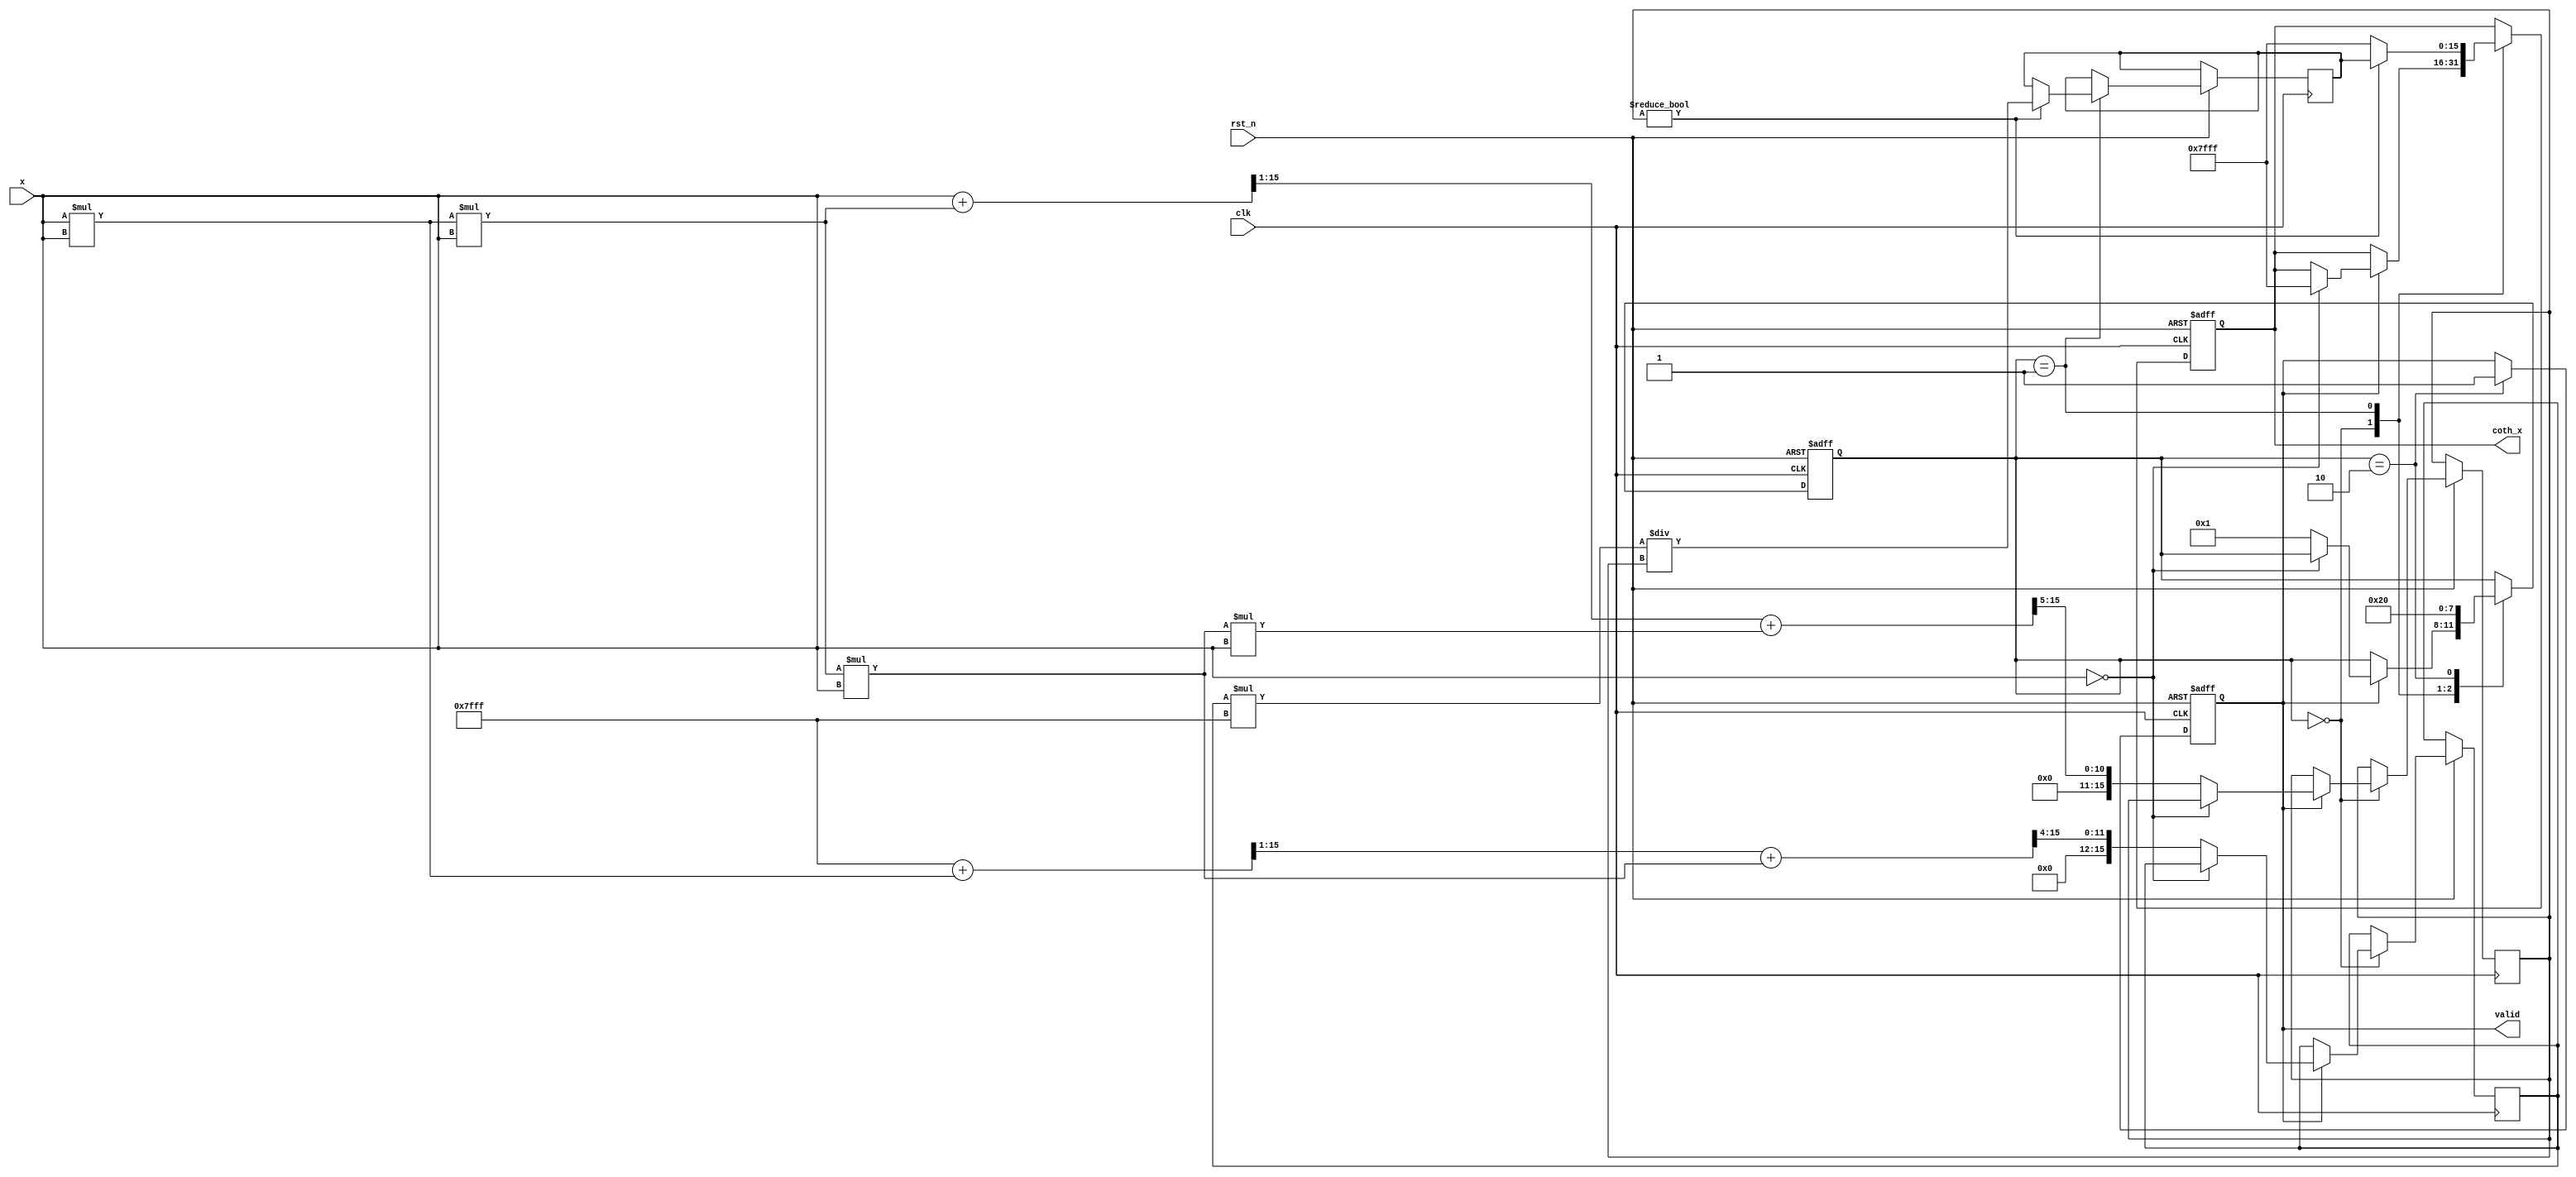
module hyperbolic_cotangent (
    input wire clk,
    input wire rst_n,
    input wire [15:0] x,        // 16-bit fixed-point input
    output reg [15:0] coth_x,   // 16-bit fixed-point output
    output reg valid            // Output valid signal
);

    // Constants for fixed-point representation
    parameter FIXED_POINT_FRACTIONAL_BITS = 12; // Adjust as needed
    parameter MAX_VALUE = 16'h7FFF; // Max value for 16-bit signed fixed-point
    parameter MIN_VALUE = 16'h8000; // Min value for 16-bit signed fixed-point

    // Internal signals
    reg [15:0] sinh_x;
    reg [15:0] cosh_x;
    reg [15:0] temp_coth;
    reg [3:0] state;

    localparam IDLE = 0,
               CALC = 1,
               DONE = 2;

    // Compute sinh and cosh using Taylor series expansion
    function [15:0] sinh;
        input [15:0] x;
        begin
            // Taylor series expansion for sinh(x)
            sinh = x; // First term
            sinh = sinh + (x * x * x) >> 1; // Second term
            sinh = sinh + (x * x * x * x * x) >> 5; // Third term (x^5 / 5!)
            sinh = sinh; // Higher-order terms can be added for more precision
        end
    endfunction

    function [15:0] cosh;
        input [15:0] x;
        begin
            // Taylor series expansion for cosh(x)
            cosh = MAX_VALUE; // First term (1)
            cosh = cosh + (x * x) >> 1; // Second term
            cosh = cosh + (x * x * x * x) >> 4; // Third term (x^4 / 4!)
            cosh = cosh; // Higher-order terms can be added for more precision
        end
    endfunction

    // State machine for computation
    always @(posedge clk or negedge rst_n) begin
        if (!rst_n) begin
            coth_x <= 0;
            valid <= 0;
            state <= IDLE;
        end else begin
            case (state)
                IDLE: begin
                    if (valid) begin
                        // Check for special case x = 0
                        if (x == 0) begin
                            coth_x <= MAX_VALUE; // Return maximum for coth(0)
                        end else begin
                            sinh_x <= sinh(x);
                            cosh_x <= cosh(x);
                            state <= CALC;
                        end
                    end
                end

                CALC: begin
                    // Avoid division by zero
                    if (sinh_x != 0) begin
                        temp_coth <= (cosh_x * MAX_VALUE) / sinh_x; // Fixed-point division
                        coth_x <= temp_coth;
                    end else begin
                        coth_x <= MAX_VALUE; // Return max for undefined
                    end
                    state <= DONE;
                end

                DONE: begin
                    valid <= 1; // Indicate computation is done
                    state <= IDLE; // Reset state
                end
            endcase
        end
    end

endmodule